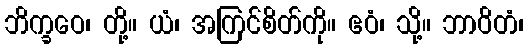
ဘိက္ခဝေ၊ တို့။ ယံ၊ အကြင်စိတ်ကို။ ဧဝံ၊ သို့။ ဘာဝိတံ၊